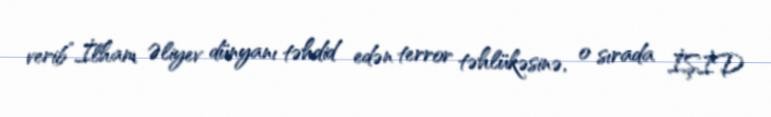
verib”.İlham Əliyev dünyanı təhdid edən terror təhlükəsinə, o sırada İŞİD